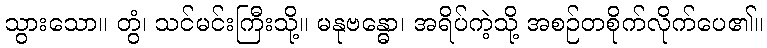
သွားသော။ တွံ၊ သင်မင်းကြီးသို့။ မနုဗန္ဓော၊ အရိပ်ကဲ့သို့ အစဉ်တစိုက်လိုက်ပေ၏။